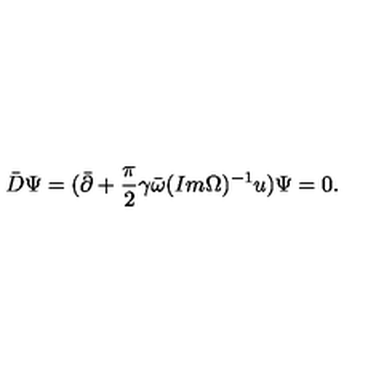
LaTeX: \bar { D } \Psi = ( \bar { \partial } + { \frac { \pi } { 2 } } \gamma \bar { \omega } ( I m \Omega ) ^ { - 1 } u ) \Psi = 0 .